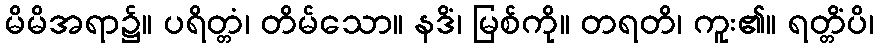
မိမိအရာ၌။ ပရိတ္တံ၊ တိမ်သော။ နဒိံ၊ မြစ်ကို။ တရတိ၊ ကူး၏။ ရတ္တိံပိ၊